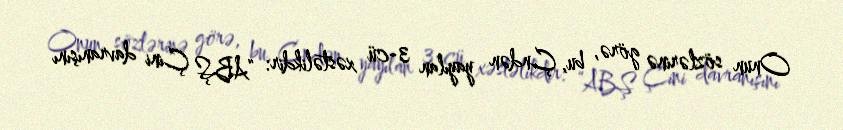
Onun sözlərinə görə, bu, Çndən yayılan 3-cü xəstəlikdir: “ABŞ Çini davranışını